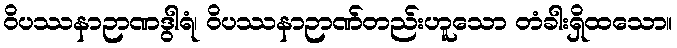
ဝိပဿနာဉာဏဒွါရံ၊ ဝိပဿနာဉာဏ်တည်းဟူသော တံခါးရှိထသော။